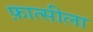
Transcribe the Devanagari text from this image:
फ़ात्सीला